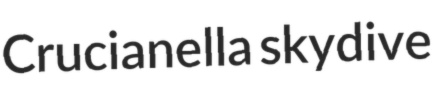
Crucianella skydive